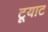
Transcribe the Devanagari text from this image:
टूयाट